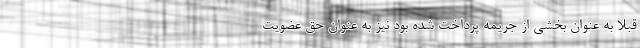
قبلاً به عنوان بخشی از جریمه پرداخت شده بود نیز به عنوان حق عضویت